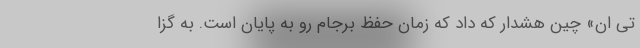
تی ان» چین هشدار که داد که زمان حفظ برجام رو به پایان است. به گزا